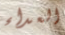
العداء